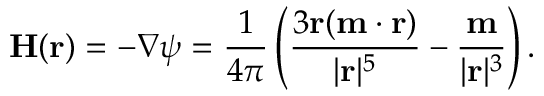
{ \mathbf { H } } ( { \mathbf { r } } ) = - \nabla \psi = { \frac { 1 } { 4 \pi } } \left( { \frac { 3 \mathbf { r } ( \mathbf { m } \cdot \mathbf { r } ) } { | \mathbf { r } | ^ { 5 } } } - { \frac { \mathbf { m } } { | \mathbf { r } | ^ { 3 } } } \right) .